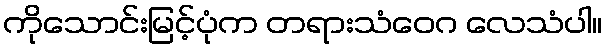
ကိုသောင်းမြင့်ပုံက တရားသံဝေဂ လေသံပါ။